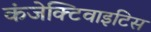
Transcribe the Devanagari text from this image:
कंजेक्टिवाइटिस